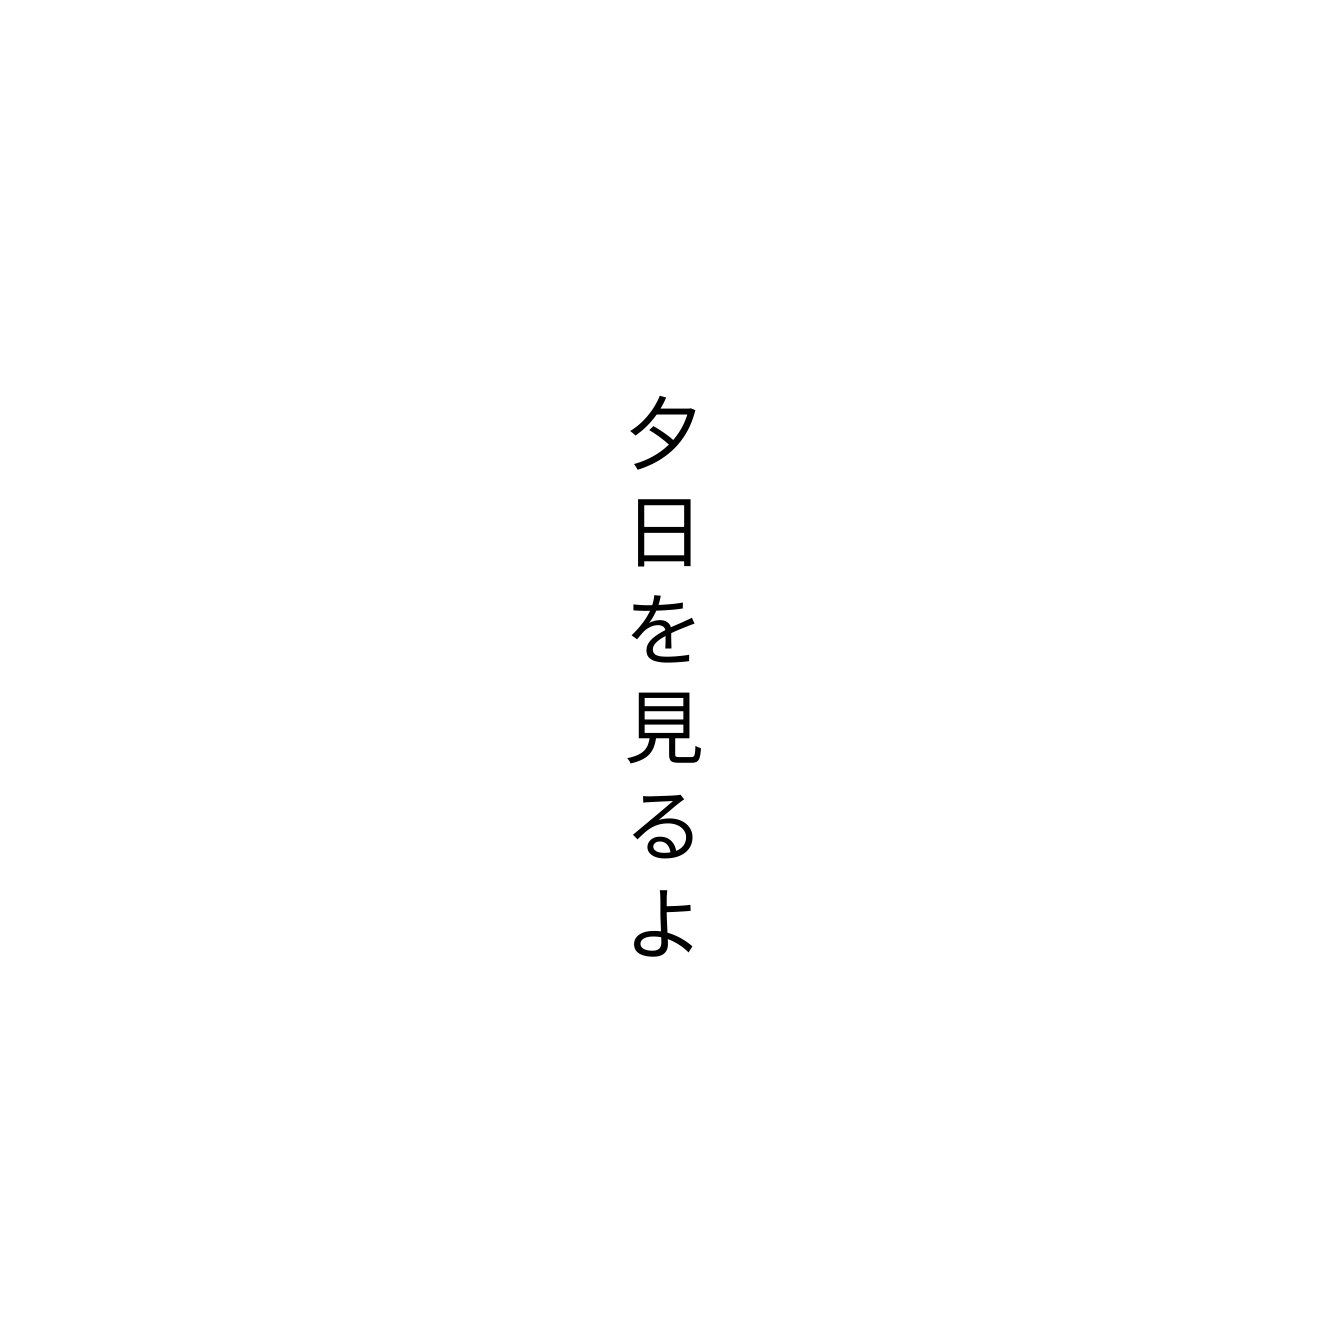
夕日を見るよ